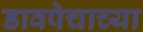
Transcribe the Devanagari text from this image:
डावपेचाच्या